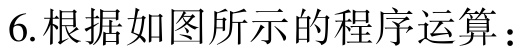
6.根据如图所示的程序运算：